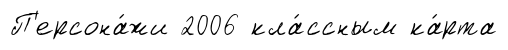
П'ерсона́жи 2006 кла́ссным ка́рта